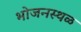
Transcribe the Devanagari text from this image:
भोजनस्थळ